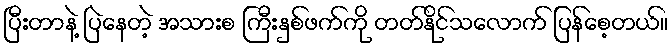
ပြီးတာနဲ့ ပြဲနေတဲ့ အသားစ ကြီးနှစ်ဖက်ကို တတ်နိုင်သလောက် ပြန်စေ့တယ်။